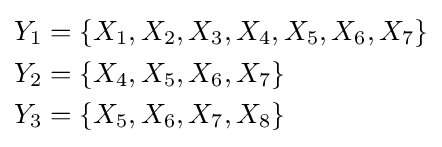
{\begin{aligned}Y_{1}&=\{X_{1},X_{2},X_{3},X_{4},X_{5},X_{6},X_{7}\}\\Y_{2}&=\{X_{4},X_{5},X_{6},X_{7}\}\\Y_{3}&=\{X_{5},X_{6},X_{7},X_{8}\}\end{aligned}}